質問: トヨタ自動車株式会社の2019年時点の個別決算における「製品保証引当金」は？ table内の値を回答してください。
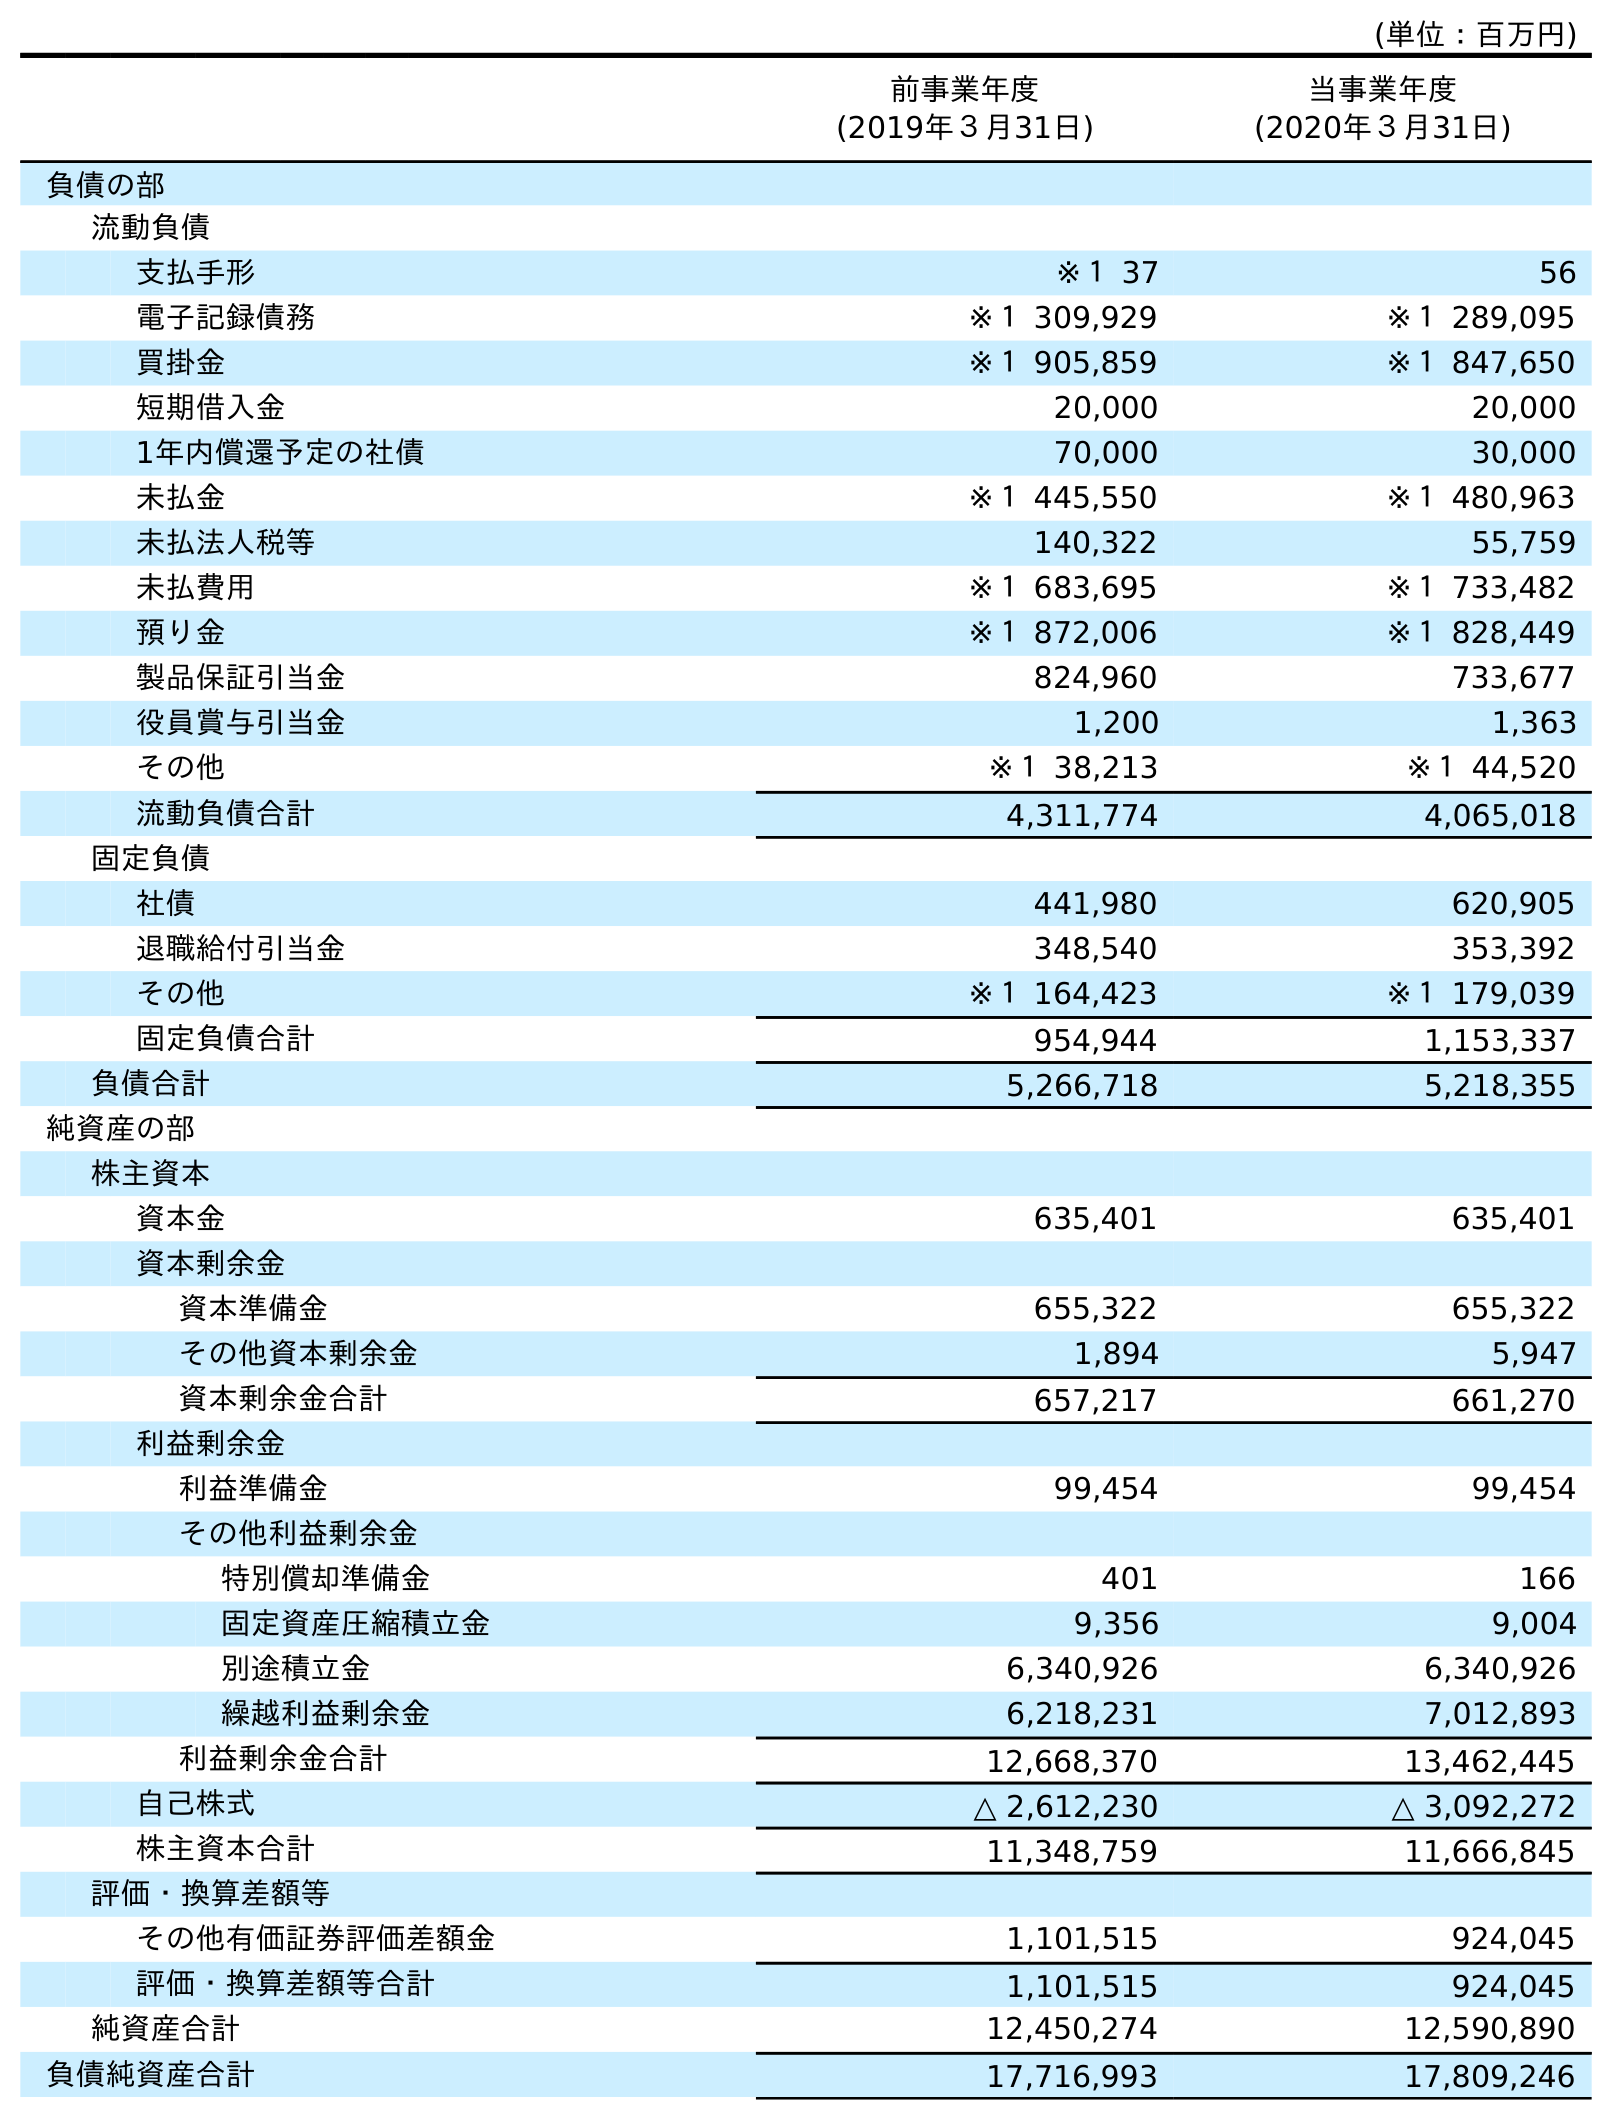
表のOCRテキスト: (単位：百万円) 前事業年度 (2019年３月31日) 当事業年度 (2020年３月31日) 負債の部 流動負債 支払手形 ※１ 37 56 電子記録債務 ※１ 309,929 ※１ 289,095 買掛金 ※１ 905,859 ※１ 847,650 短期借入金 20,000 20,000 1年内償還予定の社債 70,000 30,000 未払金 ※１ 445,550 ※１ 480,963 未払法人税等 140,322 55,759 未払費用 ※１ 683,695 ※１ 733,482 預り金 ※１ 872,006 ※１ 828,449 製品保証引当金 824,960 733,677 役員賞与引当金 1,200 1,363 その他 ※１ 38,213 ※１ 44,520 流動負債合計 4,311,774 4,065,018 固定負債 社債 441,980 620,905 退職給付引当金 348,540 353,392 その他 ※１ 164,423 ※１ 179,039 固定負債合計 954,944 1,153,337 負債合計 5,266,718 5,218,355 純資産の部 株主資本 資本金 635,401 635,401 資本剰余金 資本準備金 655,322 655,322 その他資本剰余金 1,894 5,947 資本剰余金合計 657,217 661,270 利益剰余金 利益準備金 99,454 99,454 その他利益剰余金 特別償却準備金 401 166 固定資産圧縮積立金 9,356 9,004 別途積立金 6,340,926 6,340,926 繰越利益剰余金 6,218,231 7,012,893 利益剰余金合計 12,668,370 13,462,445 自己株式 △ 2,612,230 △ 3,092,272 株主資本合計 11,348,759 11,666,845 評価・換算差額等 その他有価証券評価差額金 1,101,515 924,045 評価・換算差額等合計 1,101,515 924,045 純資産合計 12,450,274 12,590,890 負債純資産合計 17,716,993 17,809,246
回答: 824,960